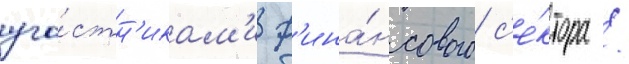
уча́стн'икам'и ф'ина́нсового с'е́ктора /